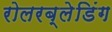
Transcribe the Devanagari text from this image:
रोलरब्लेडिंग